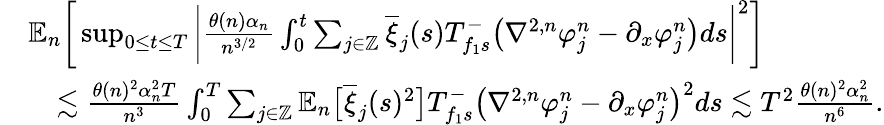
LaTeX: \begin{array}{rl}&{\mathbb{E}_{n}\bigg[\operatorname*{sup}_{0\le t\le T}\bigg|\frac{\theta(n)\alpha_{n}}{n^{3/2}}\int_{0}^{t}\sum_{j\in\mathbb{Z}}\overline{{\xi}}_{j}(s)T_{f_{1}s}^{-}\big(\nabla^{2,n}\varphi_{j}^{n}-\partial_{x}\varphi_{j}^{n}\big)ds\bigg|^{2}\bigg]}\\ &{\quad\lesssim\frac{\theta(n)^{2}\alpha_{n}^{2}T}{n^{3}}\int_{0}^{T}\sum_{j\in\mathbb{Z}}\mathbb{E}_{n}\big[\overline{{\xi}}_{j}(s)^{2}\big]T_{f_{1}s}^{-}\big(\nabla^{2,n}\varphi_{j}^{n}-\partial_{x}\varphi_{j}^{n}\big)^{2}ds\lesssim T^{2}\frac{\theta(n)^{2}\alpha_{n}^{2}}{n^{6}}.}\end{array}